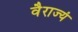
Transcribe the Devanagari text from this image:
वैराज्यं